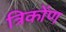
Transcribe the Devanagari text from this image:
त्रिकोंण